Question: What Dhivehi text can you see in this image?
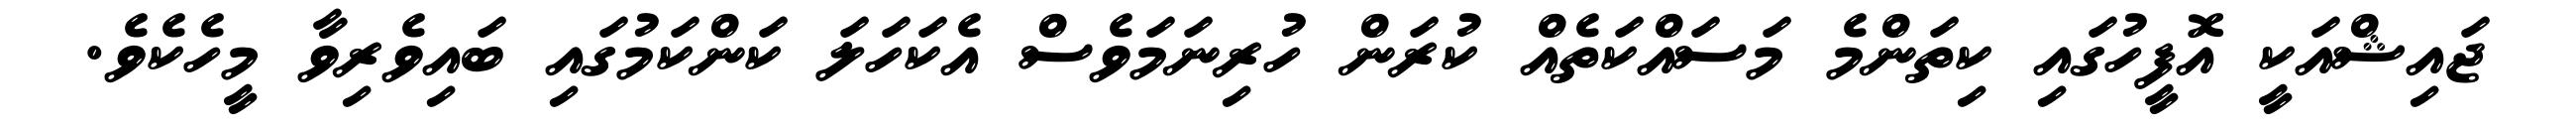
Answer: ޖައިޝްއަކީ އޮފީހުގައި ކިތަންމެ މަސައްކަތެއް ކުރަން ހުރިނަމަވެސް އެކަހަލަ ކަންކަމުގައި ބައިވެރިވާ މީހެކެވެ.